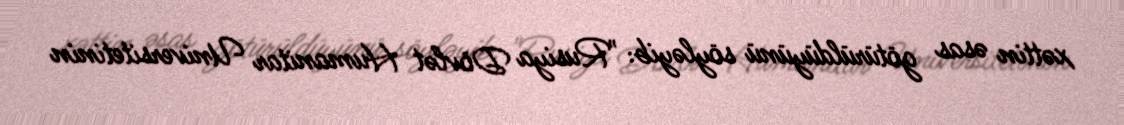
xəttin əsas götürüldüyünü söyləyib: "Rusiya Dövlət Humanitar Universitetinin